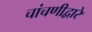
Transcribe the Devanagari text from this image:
चांचणीद्वारे